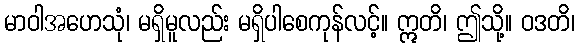
မာဝါအဟေသုံ၊ မရှိမူလည်း မရှိပါစေကုန်လင့်။ ဣတိ၊ ဤသို့။ ဝဒတိ၊